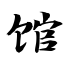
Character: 馆